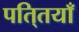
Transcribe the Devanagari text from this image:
पति्तयाँ